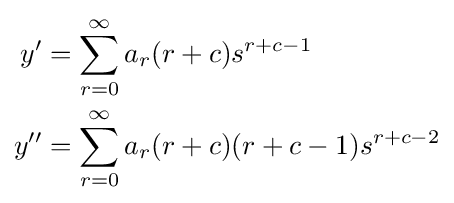
{\begin{aligned}y'&=\sum \limits _{r=0}^{\infty }{a_{r}(r+c)s^{r+c-1}}\\y''&=\sum \limits _{r=0}^{\infty }{a_{r}(r+c)(r+c-1)s^{r+c-2}}\end{aligned}}